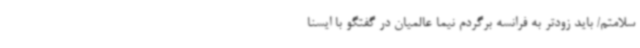
سلامتم/ باید زودتر به فرانسه برگردم نیما عالمیان در گفتگو با ایسنا